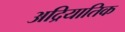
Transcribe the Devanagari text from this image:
अद्रियातिक